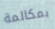
بمكالمة